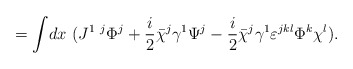
\begin{align*}=\int\! dx ~(J^{1~j} \Phi^j+{i\over2} \bar\chi^j\gamma^1 \Psi^j -{i\over2} \bar\chi^j\gamma^1 \varepsilon^{jkl}\Phi^k \chi^l).\end{align*}